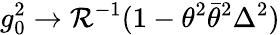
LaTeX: g_{0}^{2}\rightarrow\mathcal{R}^{-1}(1-\theta^{2}\bar{{\theta}}^{2}\Delta^{2})